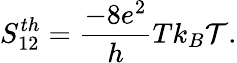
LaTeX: S_{12}^{th}=\frac{-8e^{2}}{h}Tk_{B}\mathcal{T}.